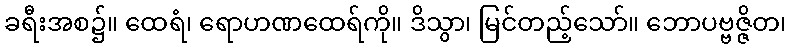
ခရီးအစ၌။ ထေရံ၊ ရောဟဏထေရ်ကို။ ဒိသွာ၊ မြင်တည့်သော်။ ဘောပဗ္ဗဇ္ဇိတ၊